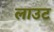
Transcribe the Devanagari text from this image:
लाउट